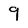
Character: 9